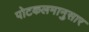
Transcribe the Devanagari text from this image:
पोटकलमानुसार